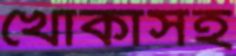
খোকাসহ